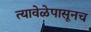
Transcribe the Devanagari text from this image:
त्यावेळेपासूनच